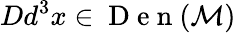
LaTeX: Dd^{3}x\in\mathrm{~D~e~n~}(\mathcal{M})